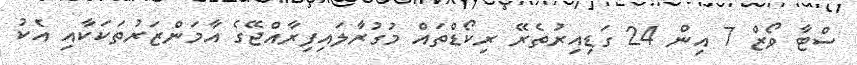
ސްޓާ ވޯޒް 7 އިން 24 ގަޑިއިރުތެރޭ ރިކޯޑްތައް މުގުރާލައިފިރާއްޖޭގެ އާމަންޒަރުތަކަކާއި އެކު